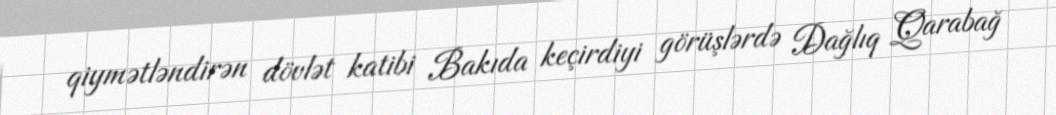
qiymətləndirən dövlət katibi Bakıda keçirdiyi görüşlərdə Dağlıq Qarabağ